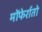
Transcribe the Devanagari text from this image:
मोंफेर्रातो